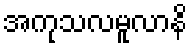
အကုသလမူလာနိ